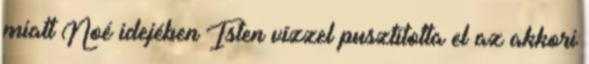
miatt Noé idejében Isten vízzel pusztította el az akkori